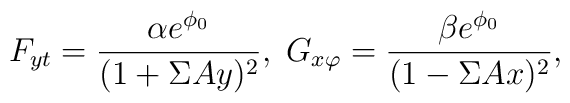
F_{yt} = \frac{\alpha e^{\phi_0}}{(1+\Sigma Ay)^2},\;G_{x\varphi}=  \frac{\beta e^{\phi_0}}{(1-\Sigma Ax )^2},